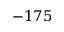
- 1 7 5